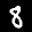
Label: 8